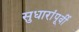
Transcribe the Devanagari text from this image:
सुधारांपूर्वी